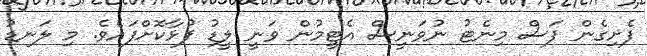
ފެށިގެން ފަސް މިނެޓު ނުވަނީސް އެޓީމުން ވަނީ ލީޑު ފުޅާކޮށްފައެވެ. މި ލަނޑު